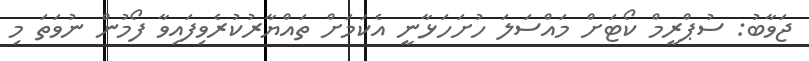
ޖަވާބު: ސުޕްރީމް ކޯޓަށް މައްސަލަ ހުށަހަޅާނީ އެކަމަށް ތައްޔާރުކުރެވިފައިވާ ފޯމުން ނުވަތަ މި